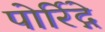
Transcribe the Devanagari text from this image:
पोर्रिद्गे